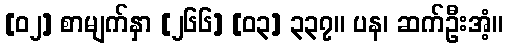
[၀၂] စာမျက်နှာ [၂၆၆] [၀၃] ၃၃၇။ ပန၊ ဆက်ဦးအံ့။